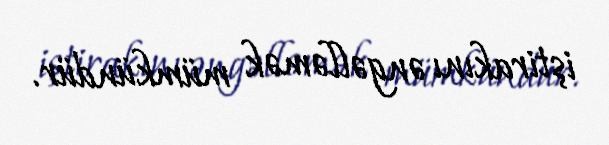
iştirakını əngəlləmək mümkündür.